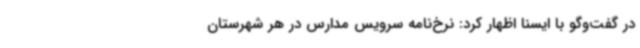
در گفت‌وگو با ایسنا اظهار کرد: نرخ‌نامه سرویس مدارس در هر شهرستان